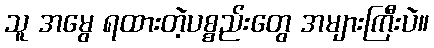
သူ အမွေ ရထားတဲ့ပစ္စည်းတွေ အများကြီးပဲ။